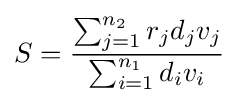
S={\frac {\sum _{j=1}^{n_{2}}r_{j}d_{j}v_{j}}{\sum _{i=1}^{n_{1}}d_{i}v_{i}}}